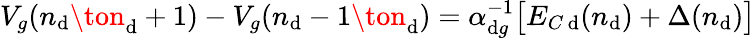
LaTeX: V_{g}(n_{\mathrm{d}}\ton_{\mathrm{d}}+1)-V_{g}(n_{\mathrm{d}}-1\ton_{\mathrm{d}})=\alpha_{\mathrm{d}g}^{-1}\big[E_{C\, \mathrm{d}}(n_{\mathrm{d}})+\Delta(n_{\mathrm{d}})\big]